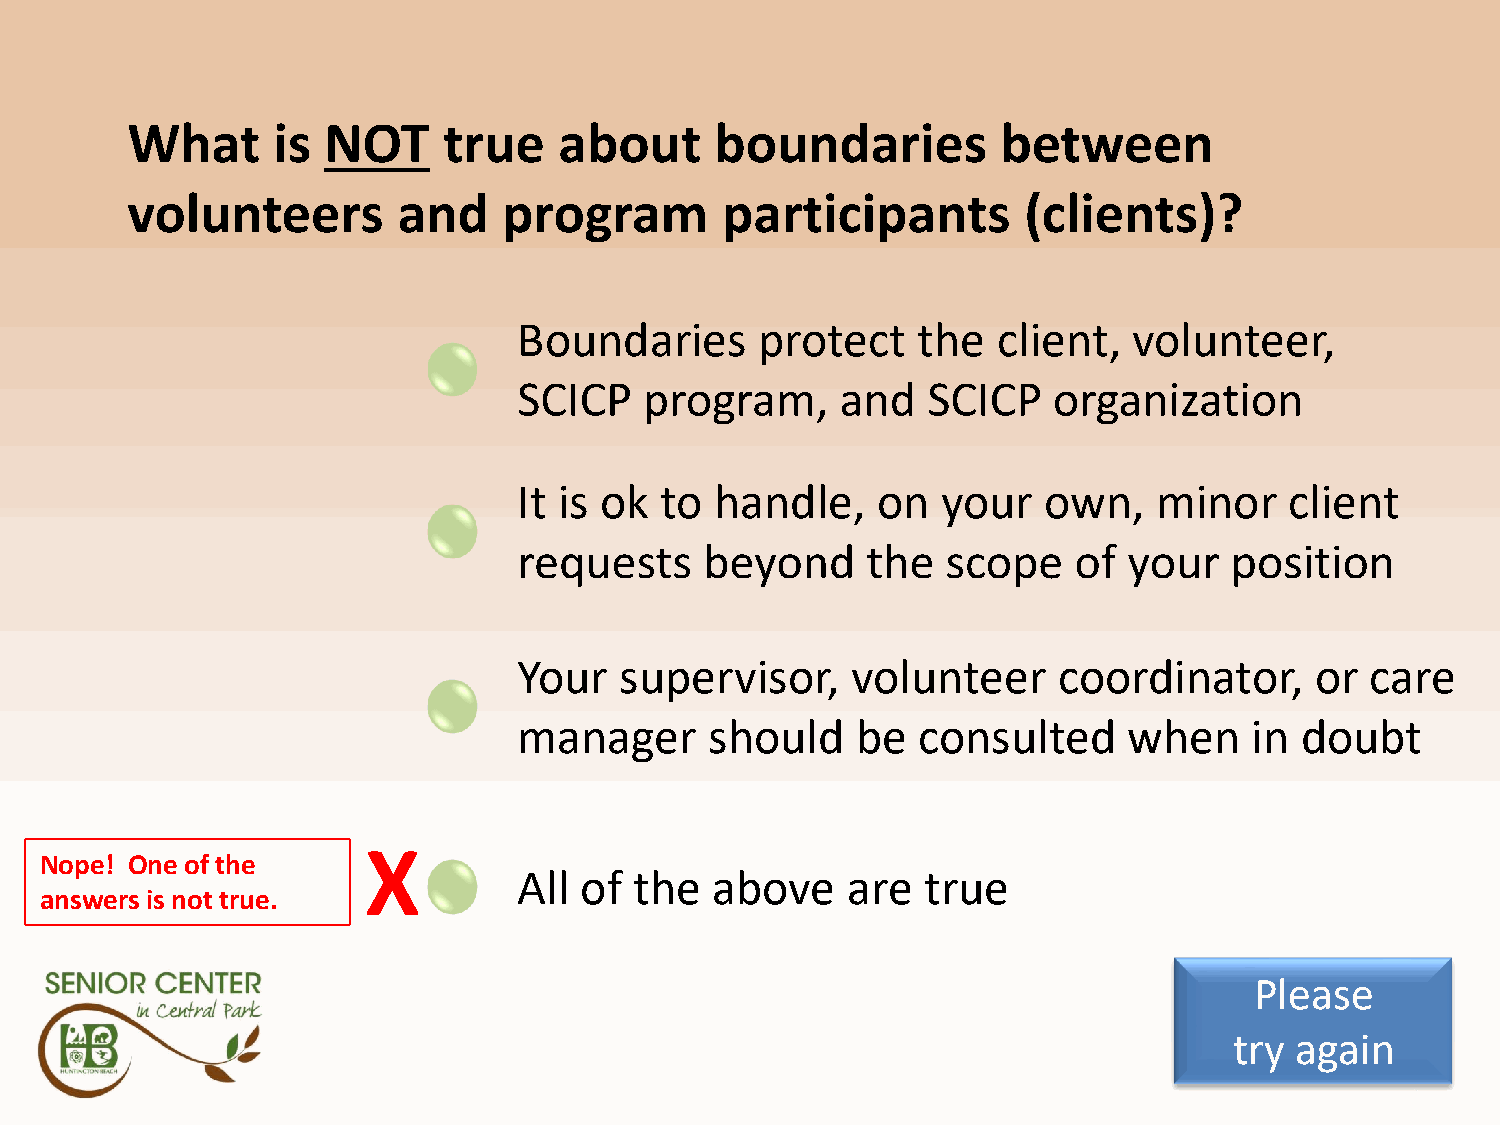
Q5A4
 What      is NOT     true    about     boundaries         between
 volunteers        and    program        participants        (clients)?
 Boundaries      protect    the  client,  volunteer,
 SCICP    program,     and  SCICP    organization
 It is ok  to handle,    on  your   own,    minor   client
 requests     beyond    the   scope   of  your  position
 Your   supervisor,    volunteer     coordinator,     or  care
 manager      should    be  consulted     when    in doubt
 X
 Nope! One of the
 All of  the  above    are  true
 answers is not true.
 Please
 try again